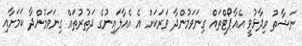
ނަޝާތު ވިދާޅުވީ އެއާޕޯޓްތައް ގިނަވަމުންދާ ވަރަކަށް އެ އެއާލައިނުގެ ދަތުރުތައް ގިނަވަމުންދާ ކަމަށާއި